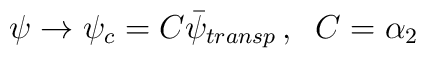
\psi \rightarrow \psi_{c} = C\bar \psi_{transp}\,,\;\; C =\alpha_{2}